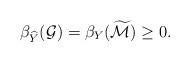
LaTeX: \begin{align*}\beta_{\widehat{Y}}(\mathcal{G})=\beta_{Y}(\widetilde{\mathcal{M}}) \geq 0.\end{align*}